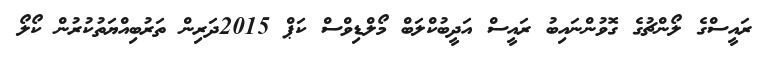
ރައީސްގެ ލޯންޗުގެ ގޮވުންނައިބު ރައީސް އަދީބުކްލަބް މޯލްޑިވްސް ކަޕް 2015ދަރިން ތަރުބިއްޔަތުކުރުން ކޯލޯ